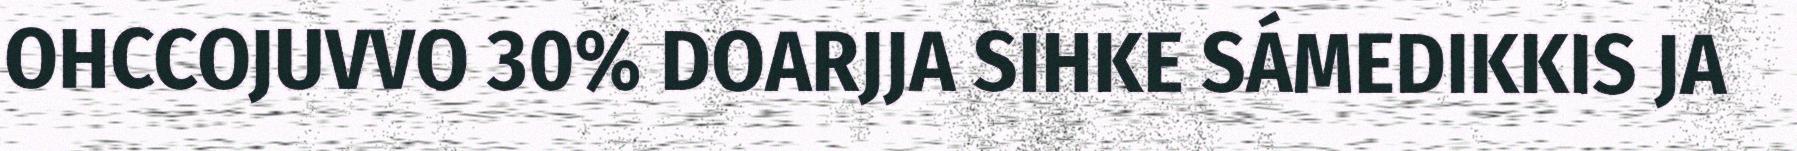
OHCCOJUVVO 30% DOARJJA SIHKE SÁMEDIKKIS JA